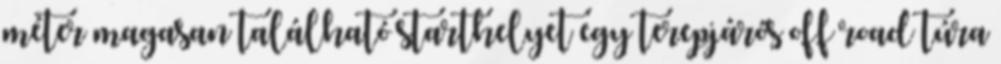
méter magasan található starthelyet egy terepjárós off road túra